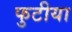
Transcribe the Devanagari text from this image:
फुटीया